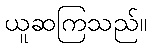
ယူဆကြသည်။